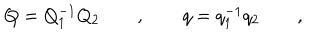
Q = Q _ { 1 } ^ { - 1 } Q _ { 2 } \qquad , \qquad q = q _ { 1 } ^ { - 1 } q _ { 2 } \qquad ,